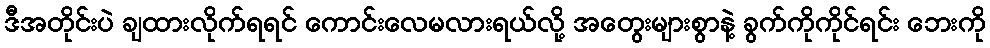
ဒီအတိုင်းပဲ ချထားလိုက်ရရင် ကောင်းလေမလားရယ်လို့ အတွေးများစွာနဲ့ ခွက်ကိုကိုင်ရင်း ဘေးကို